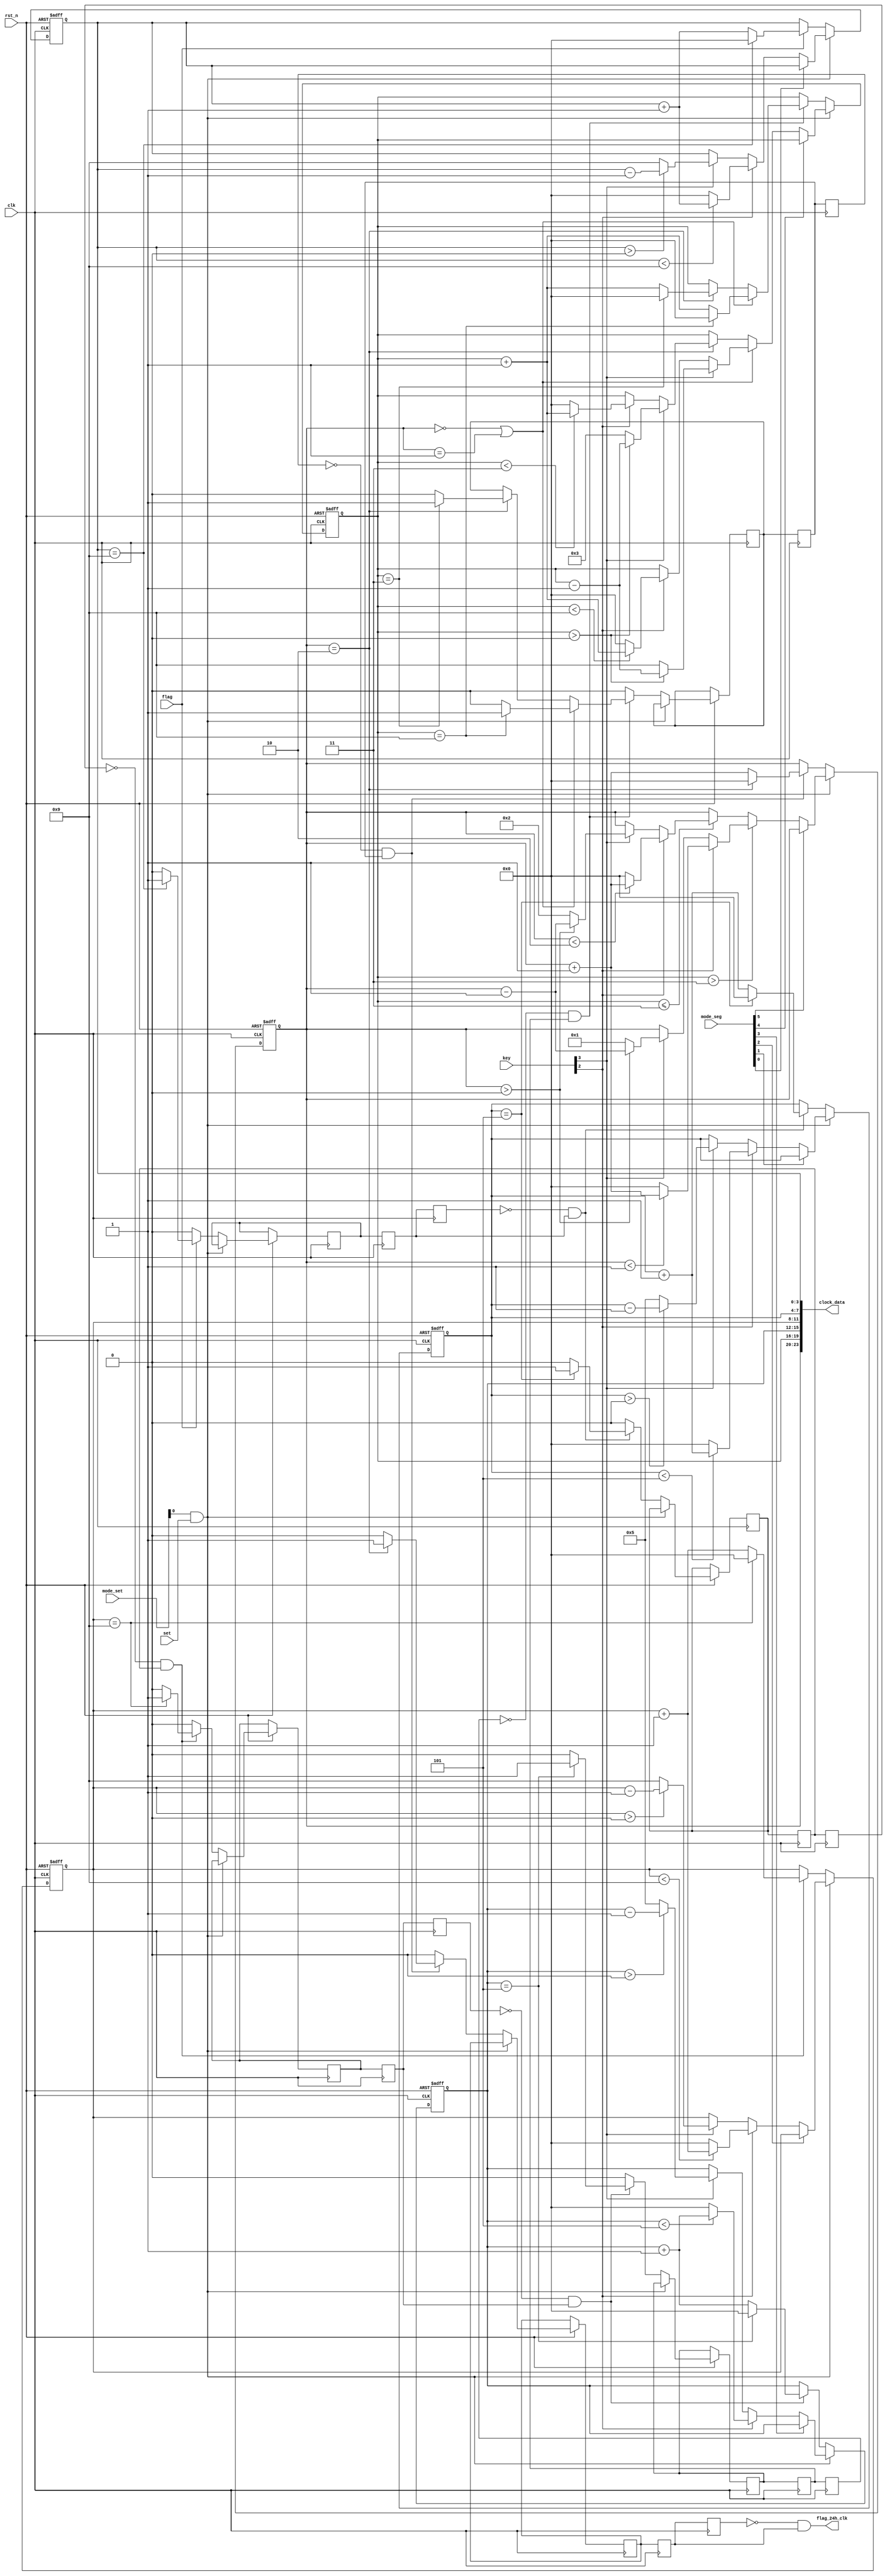
module mode_clock(
	input							clk   ,       // 
	input							rst_n ,       // 
	
	input			[4:0]		   key,
	input			[3:0]			mode_set,
	input			[5:0]			mode_seg,
	input							set,
	
	input							flag,
	
	output		reg[23:0]	clock_data,
	output						flag_24h_clk
);

reg						flag_1s;
reg						flag_10s;
reg						flag_60s;
reg						flag_10m;
reg						flag_60m;
reg						flag_10h;
reg						flag_24h;
reg						set_clock;

reg						flag_10s_t0;
reg						flag_10s_t1;

reg						flag_60s_t0;
reg						flag_60s_t1;

reg						flag_10m_t0;
reg						flag_10m_t1;

reg						flag_60m_t0;
reg						flag_60m_t1;

reg						flag_10h_t0;
reg						flag_10h_t1;

reg						flag_24h_t0;
reg						flag_24h_t1;


wire						flag_10s_clk;
wire						flag_60s_clk;
wire						flag_10m_clk;
wire						flag_60m_clk;
wire						flag_10h_clk;




always@(posedge clk)
begin	
	flag_10s_t0 <= flag_10s;
	flag_10s_t1 <= flag_10s_t0;
	
	flag_60s_t0 <= flag_60s;
	flag_60s_t1 <= flag_60s_t0;

	flag_10m_t0 <= flag_10m;
	flag_10m_t1 <= flag_10m_t0;

	flag_60m_t0 <= flag_60m;
	flag_60m_t1 <= flag_60m_t0;
	
	flag_10h_t0 <= flag_10h;
	flag_10h_t1 <= flag_10h_t0;
	
	flag_24h_t0 <= flag_24h;
	flag_24h_t1 <= flag_24h_t0;
end

assign flag_10s_clk = ~flag_10s_t1&flag_10s_t0;
assign flag_60s_clk = ~flag_60s_t1&flag_60s_t0;
assign flag_10m_clk = ~flag_10m_t1&flag_10m_t0;
assign flag_60m_clk = ~flag_60m_t1&flag_60m_t0;
assign flag_10h_clk = ~flag_10h_t1&flag_10h_t0;
assign flag_24h_clk = ~flag_24h_t1&flag_24h_t0;


//000001
always @(posedge clk , negedge rst_n)
begin
	if(!rst_n)
	begin
		clock_data[3:0] <= 4'd0; 
	end
	else if(mode_set[0]&set)
	begin
		if(~mode_seg[0])
		begin
			if(key[2])
			begin
				if(clock_data[3:0] < 4'd9)
					clock_data[3:0] <= clock_data[3:0] + 1'b1;
				else
					clock_data[3:0] <= 4'd0;
			end
			else if(key[3])
			begin
				if(clock_data[3:0] > 4'd0)
					clock_data[3:0] <= clock_data[3:0] - 1'b1;
				else	
					clock_data[3:0] <= 4'd9;
			end
		end
	end
	else if(flag)
	begin
		if(clock_data[3:0] == 4'd9)
		begin
			flag_10s = 1'b1;
			clock_data[3:0] <= 4'd0;
		end
		else 
		begin
			clock_data[3:0] <= clock_data[3:0] + 1'd1;
			flag_10s = 1'b0;
		end
	end
	else
	begin
		flag_10s = 1'b0;
	end
end

//000010
always @(posedge clk , negedge rst_n)
begin
	if(!rst_n)
		clock_data[7:4] <= 4'd0;
	else if(mode_set[0]&set)
	begin
		if(~mode_seg[1])
		begin
			if(key[2])
			begin
				if(clock_data[7:4] < 4'd5)
					clock_data[7:4] <= clock_data[7:4] + 1'b1;
				else
					clock_data[7:4] <= 4'd0;
			end
			else if(key[3])
			begin
				if(clock_data[7:4] > 4'd0)
					clock_data[7:4] <= clock_data[7:4] - 1'b1;
				else	
					clock_data[7:4] <= 4'd5;
			end
		end
	end
	else if(flag_10s_clk)
	begin
		if(clock_data[7:4] == 4'd5)
		begin
			flag_60s = 1'b1;
			clock_data[7:4] <= 4'd0;
			
		end
		else 
		begin
			flag_60s = 1'b0;
			clock_data[7:4] <= clock_data[7:4] + 1'd1;
			
		end
	end
	else
	begin
		flag_60s = 1'b0;
	end
end

//000100
always @(posedge clk , negedge rst_n)
begin
	if(!rst_n)
		clock_data[11:8] <= 4'd0;
	else if(mode_set[0]&set)
	begin
		if(~mode_seg[2])
		begin
			if(key[2])
			begin
				if(clock_data[11:8] < 4'd9)
					clock_data[11:8] <= clock_data[11:8] + 1'b1;
				else
					clock_data[11:8] <= 4'd0;
			end
			else if(key[3])
			begin
				if(clock_data[11:8] > 4'd0)
					clock_data[11:8] <= clock_data[11:8] - 1'b1;
				else	
					clock_data[11:8] <= 4'd9;
			end
		end
	end
	else if(flag_60s_clk)
	begin
		if(clock_data[11:8] == 4'd9)
		begin
			clock_data[11:8] = 4'd0;
			flag_10m = 1'b1;
		end
		else 
		begin
			clock_data[11:8] <= clock_data[11:8] + 1'd1;
			flag_10m = 1'b0;
		end
	end
	else
	begin
		flag_10m = 1'b0;
	end
end

//001000
always @(posedge clk ,negedge rst_n)
begin
	if(!rst_n)
		clock_data[15:12] <= 4'd0;
	else if(mode_set[0]&set)
	begin
		if(~mode_seg[3])
		begin
			if(key[2])
			begin
				if(clock_data[15:12] < 4'd5)
					clock_data[15:12] <= clock_data[15:12] + 1'b1;
				else
					clock_data[15:12] <= 4'd0;
			end
			else if(key[3])
			begin
				if(clock_data[15:12] > 4'd0)
					clock_data[15:12] <= clock_data[15:12] - 1'b1;
				else	
					clock_data[15:12] <= 4'd5;
			end
		end
	end
	else if(flag_10m_clk)
	begin
		if(clock_data[15:12] == 4'd5)
		begin
			clock_data[15:12] <= 4'd0;
			flag_60m = 1'b1;
		end
		else 
		begin
			clock_data[15:12] <= clock_data[15:12] + 1'd1;
			flag_60m = 1'b0;
		end
	end
	else
	begin
		flag_60m = 1'b0;
	end
end
//010000
always @(posedge clk ,negedge rst_n)
begin
	if(!rst_n)
		clock_data[19:16] <= 4'd6;
	else if(mode_set[0]&set)
	begin
		if(~mode_seg[4])
		begin
			if(clock_data[23:20] == 4'd0 || clock_data[23:20] == 4'd1)
			begin
				if(key[2])
				begin
					if(clock_data[19:16] < 4'd9)
						clock_data[19:16] <= clock_data[19:16] + 1'b1;
					else 
						clock_data[19:16] <= 4'd0;
				end
				if(key[3])
				begin
					if(clock_data[19:16] > 4'd0)
						clock_data[19:16] <= clock_data[19:16] - 1'b1;
					else 
						clock_data[19:16] <= 4'd9;
				end
			end
			else if(clock_data[23:20] == 4'd2)
			begin
				if(key[2])
				begin
					if(clock_data[19:16] < 4'd3)
						clock_data[19:16] <= clock_data[19:16] + 1'b1;
					else 
						clock_data[19:16] <= 4'd0;
				end
				if(key[3])
				begin
					if(clock_data[19:16] > 4'd0)
						clock_data[19:16] <= clock_data[19:16] - 1'b1;
					else 
						clock_data[19:16] <= 4'd3;
				end
			end
		end
	end
	else if(flag_60m_clk)
	begin
		if(clock_data[23:20] == 4'd0||clock_data[23:20] == 4'd1)
		begin
			if(clock_data[19:16] == 4'd9)
			begin
				clock_data[19:16] <= 4'd0;
				flag_10h = 1'b1;
			end
			else 
			begin
				clock_data[19:16] <= clock_data[19:16] + 1'b1;
				flag_10h = 1'b0;
			end
		end
		else if(clock_data[23:20] == 4'd2)
		begin
			if(clock_data[19:16] == 4'd3)
			begin
				clock_data[19:16] <= 4'd0;
				flag_10h = 1'b1;
			end
			else 
			begin
				clock_data[19:16] <= clock_data[19:16] + 1'b1;
				flag_10h = 1'b0;
			end
		end
	end
	else
	begin
		flag_10h = 1'b0;
	end
end

//100000
always @(posedge clk ,negedge rst_n)
begin
	if(!rst_n)
		clock_data[23:20] <= 4'd0;
	else if(mode_set[0]&set)
	begin
		if(~mode_seg[5])
		begin
			if(clock_data[19:16] > 4'd3)
			begin
				if(key[2])
				begin
					if(clock_data[23:20] < 4'd1)
						clock_data[23:20]<= clock_data[23:20] +1'b1;
					else
						clock_data[23:20]<= 4'd0;
				end
				else if(key[3])
				begin
					if(clock_data[23:20] > 4'd0)
						clock_data[23:20]<= clock_data[23:20] - 1'b1;
					else
						clock_data[23:20]<= 4'd1;
				end
			end
			else if(clock_data[19:16] <= 4'd3)
			begin
				if(key[2])
				begin
					if(clock_data[23:20] < 4'd2)
						clock_data[23:20]<= clock_data[23:20] +1'b1;
					else
						clock_data[23:20]<= 4'd0;
				end
				else if(key[3])
				begin
					if(clock_data[23:20] > 4'd0)
						clock_data[23:20]<= clock_data[23:20] - 1'b1;
					else
						clock_data[23:20]<= 4'd2;
				end
			end			 
		end
	end
	else if(flag_10h_clk)
	begin
		if(clock_data[23:20] == 4'd2)
		begin
			clock_data[23:20] <= 4'd0;
			flag_24h = 1'b1;
		end
		else 
		begin
			clock_data[23:20] <= clock_data[23:20] + 1'd1;
			flag_24h = 1'b0;
		end
	end
	else
	begin
		flag_24h = 1'b0;
	end
end
endmodule